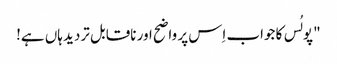
" پولُس کا جواب اِس پر واضح اور ناقابل تردید ہاں ہے!